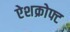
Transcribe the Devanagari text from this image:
ऐशक्रोफ्ट